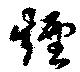
煙